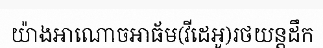
យ៉ាងអាណោចអាធ័ម(វីដេអូ)រថយន្តដឹក